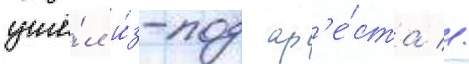
ушё́л и́з-под ар'е́ста //